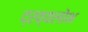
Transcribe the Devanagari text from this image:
द्रव्यलोभ